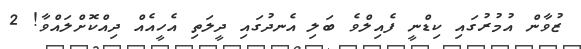
ޒުވާން އުމުރުގައި ކިޑްނީ ފެއިލްވެ ބަލި އެނދުގައި ދީލަތި އެހީއެއް ދިއްކޮށްލައްވާ! 2